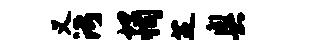
义污坦恂芝奥